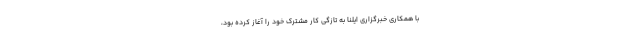
با همکاری خبرگزاری ایلنا به تازگی کار مشترک خود را آغاز کرده بود،